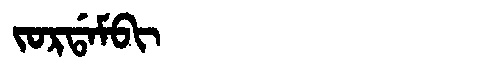
Manchu: ᠵᠣᡵᡩᠠᠮᠪᡳ
Romanization: JORDAMBI